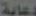
دعاية